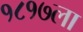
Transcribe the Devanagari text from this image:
१८१७ला